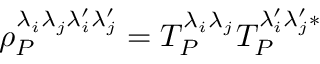
\rho _ { P } ^ { \lambda _ { i } \lambda _ { j } \lambda _ { i } ^ { \prime } \lambda _ { j } ^ { \prime } } = T _ { P } ^ { \lambda _ { i } \lambda _ { j } } T _ { P } ^ { \lambda _ { i } ^ { \prime } \lambda _ { j } ^ { \prime } * }